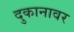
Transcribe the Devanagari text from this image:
दुकानावर